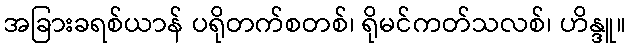
အခြားခရစ်ယာန် ပရိုတက်စတစ်၊ ရိုမင်ကတ်သလစ်၊ ဟိန္ဒူ။